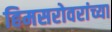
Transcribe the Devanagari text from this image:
हिमसरोवरांच्या